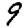
Digit: 9